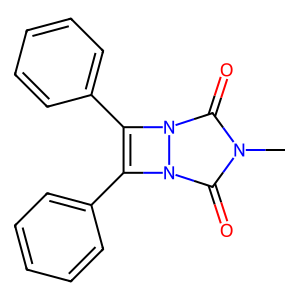
SMILES: Cn1c(=O)n2c(-c3ccccc3)c(-c3ccccc3)n2c1=O
Inhibits HIV replication: No